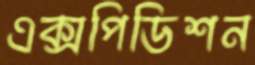
এক্সপিডিশন